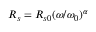
\begin{array} { r } { R _ { s } = R _ { s 0 } ( \omega / \omega _ { 0 } ) ^ { \alpha } } \end{array}